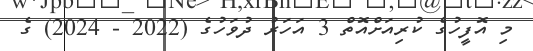
މި އޮފީހުގެ ކުރިއަށްއޮތް 3 އަހަރު ދުވަހުގެ (2022 - 2024) ގެ